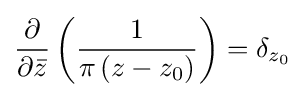
{\frac {\partial }{\partial {\bar {z}}}}\left({\frac {1}{\pi \left(z-z_{0}\right)}}\right)=\delta _{z_{0}}